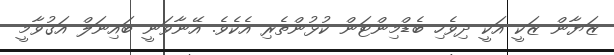
ޒަޔާން ޒަކީ އަކީ ދިވެހި ބެޑްމިންޓަން ކުޅުންތެރި އެކެވެ. އޭނާވަނީ ބައިނަލް އަގުވާމީ